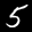
Label: 5